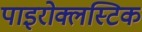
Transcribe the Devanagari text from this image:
पाइरोक्लस्टिक